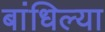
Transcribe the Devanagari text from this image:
बांधिल्या